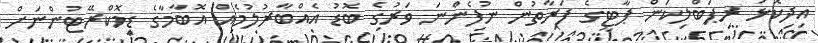
އިދިކޮޅު ރިޕަބްލިކަން ޕާޓީގެ ފަރާތުން ނުފެންނަ ވަރުގެ ބޮޑު އެއްބާރުލުމެއް އޮބާމާގެ ޑިމޮކްރޭޓުންނަށް